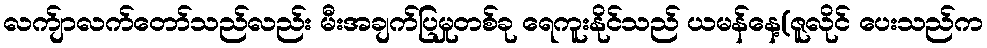
လက်ျာလက်တော်သည်လည်း မီးအချက်ပြမှုတစ်ခု ရေကူးနိုင်သည် ယမန်နေ့(ဇူလိုင် ပေးသည်က